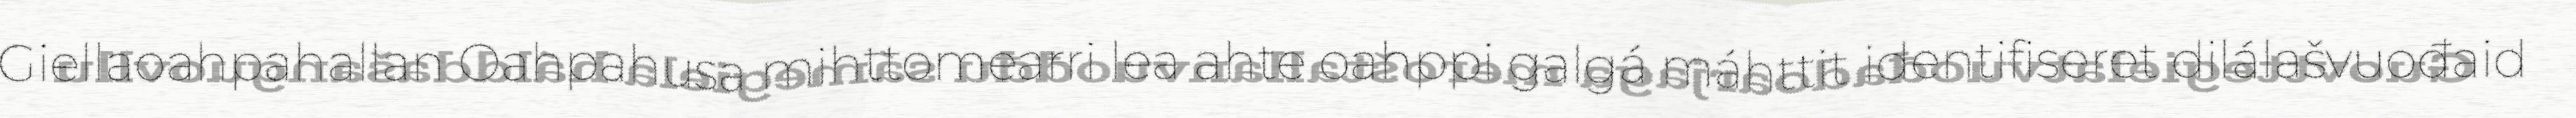
Giellaoahpahallan Oahpahusa mihttomearri lea ahte oahppi galgá máhttit identifiseret dilálašvuođaid